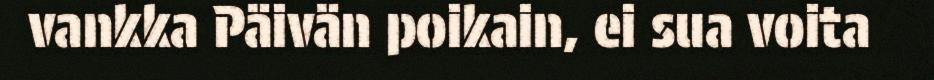
vankka Päivän poikain, ei sua voita